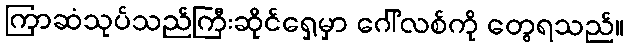
ကြာဆံသုပ်သည်ကြီးဆိုင်ရှေ့မှာ ဂေါ်လစ်ကို တွေရသည်။